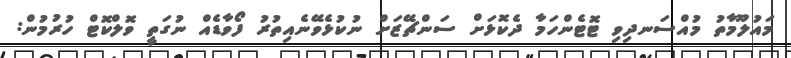
މައުލޫމާތު މުއްސަނދިވި ޓޮޓެންހަމާ ދެކޮޅަށް ސަންޗޭޒަށް ނުކުޅެވޭނެއިތުރު ފޯވާޑެއް ނުގަތީ ވޮލްކޮޓް ހުރުމުން: